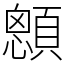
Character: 顖